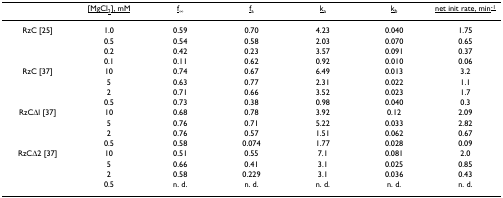
<table><thead><tr><td>[EMPTY_CELL]</td><td><b><underline>[MgCl<sub>2</sub>], mM</underline></b></td><td><b><underline>f</underline><sub>∞</sub></b></td><td><b><underline>f</underline><sub>a</sub></b></td><td><b><underline>k</underline><sub>a</sub></b></td><td><b><underline>k</underline><sub>b</sub></b></td><td><b><underline>net init rate, min<sup>-1</sup></underline></b></td></tr></thead><tbody><tr><td>RzC [25]</td><td>1.0</td><td>0.59</td><td>0.70</td><td>4.23</td><td>0.040</td><td>1.75</td></tr><tr><td>[EMPTY_CELL]</td><td>0.5</td><td>0.54</td><td>0.58</td><td>2.03</td><td>0.070</td><td>0.65</td></tr><tr><td>[EMPTY_CELL]</td><td>0.2</td><td>0.42</td><td>0.23</td><td>3.57</td><td>0.091</td><td>0.37</td></tr><tr><td>[EMPTY_CELL]</td><td>0.1</td><td>0.11</td><td>0.62</td><td>0.92</td><td>0.010</td><td>0.06</td></tr><tr><td>RzC [37]</td><td>10</td><td>0.74</td><td>0.67</td><td>6.49</td><td>0.013</td><td>3.2</td></tr><tr><td>[EMPTY_CELL]</td><td>5</td><td>0.63</td><td>0.77</td><td>2.31</td><td>0.022</td><td>1.1</td></tr><tr><td>[EMPTY_CELL]</td><td>2</td><td>0.71</td><td>0.66</td><td>3.52</td><td>0.023</td><td>1.7</td></tr><tr><td>[EMPTY_CELL]</td><td>0.5</td><td>0.73</td><td>0.38</td><td>0.98</td><td>0.040</td><td>0.3</td></tr><tr><td>RzCΔl [37]</td><td>10</td><td>0.68</td><td>0.78</td><td>3.92</td><td>0.12</td><td>2.09</td></tr><tr><td>[EMPTY_CELL]</td><td>5</td><td>0.76</td><td>0.71</td><td>5.22</td><td>0.033</td><td>2.82</td></tr><tr><td>[EMPTY_CELL]</td><td>2</td><td>0.76</td><td>0.57</td><td>1.51</td><td>0.062</td><td>0.67</td></tr><tr><td>[EMPTY_CELL]</td><td>0.5</td><td>0.58</td><td>0.074</td><td>1.77</td><td>0.028</td><td>0.09</td></tr><tr><td>RzCΔ2 [37]</td><td>10</td><td>0.51</td><td>0.55</td><td>7.1</td><td>0.081</td><td>2.0</td></tr><tr><td>[EMPTY_CELL]</td><td>5</td><td>0.66</td><td>0.41</td><td>3.1</td><td>0.025</td><td>0.85</td></tr><tr><td>[EMPTY_CELL]</td><td>2</td><td>0.58</td><td>0.229</td><td>3.1</td><td>0.036</td><td>0.43</td></tr><tr><td>[EMPTY_CELL]</td><td>0.5</td><td>n. d.</td><td>n. d.</td><td>n. d.</td><td>n. d.</td><td>n. d.</td></tr></tbody></table>